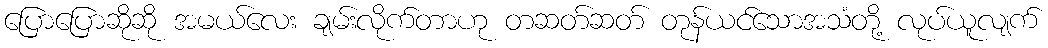
ပြောပြောဆိုဆို အမယ်လေး ချမ်းလိုက်တာဟု တဆတ်ဆတ် တုန်ယင်သောအသံတို့ လုပ်ယူလျက်